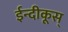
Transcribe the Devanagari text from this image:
ईन्दीकूस्